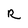
Character: R